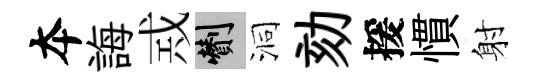
夲誨𢦶剪洞劾援慣射